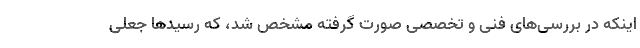
اینکه در بررسی‌های فنی و تخصصی صورت گرفته مشخص شد، که رسید‌ها جعلی